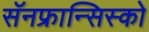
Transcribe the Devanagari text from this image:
सॅनफ्रान्सिस्को